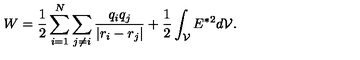
W = \frac { 1 } { 2 } \sum _ { i = 1 } ^ { N } \sum _ { j \neq i } \frac { q _ { i } q _ { j } } { \vert r _ { i } - r _ { j } \vert } + \frac { 1 } { 2 } \int _ { \cal V } E ^ { { \ast } 2 } d { \cal V } .